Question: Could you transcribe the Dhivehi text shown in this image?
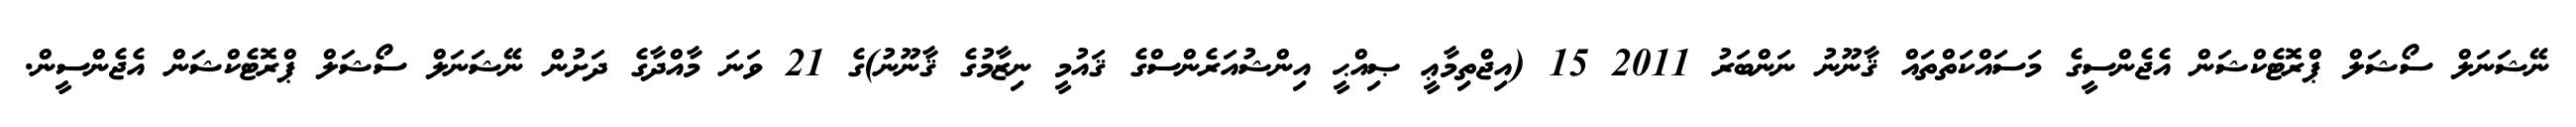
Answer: ނޭޝަނަލް ސޯޝަލް ޕްރޮޓެކްޝަން އެޖެންސީގެ މަސައްކަތްތައް ޤާނޫނު ނަންބަރު 2011 15 (އިޖްތިމާޢީ ޞިއްޙީ އިންޝުއަރެންސްގެ ޤައުމީ ނިޒާމުގެ ޤާނޫނު)ގެ 21 ވަނަ މާއްދާގެ ދަށުން ނޭޝަނަލް ސޯޝަލް ޕްރޮޓެކްޝަން އެޖެންސީން.